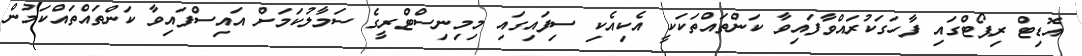
އޮޑިޓް ރިޕޯޓްގައި ފާހަގަކުރައްވާފައިވާ ކަންތައްތަކަކީ އެކިއެކި ސިފައިގައި މިމިނިސްޓްރީގެ ސަމާލުކަމަށް އައިސްފައިވާ ކަންތައްތައްކަމުން